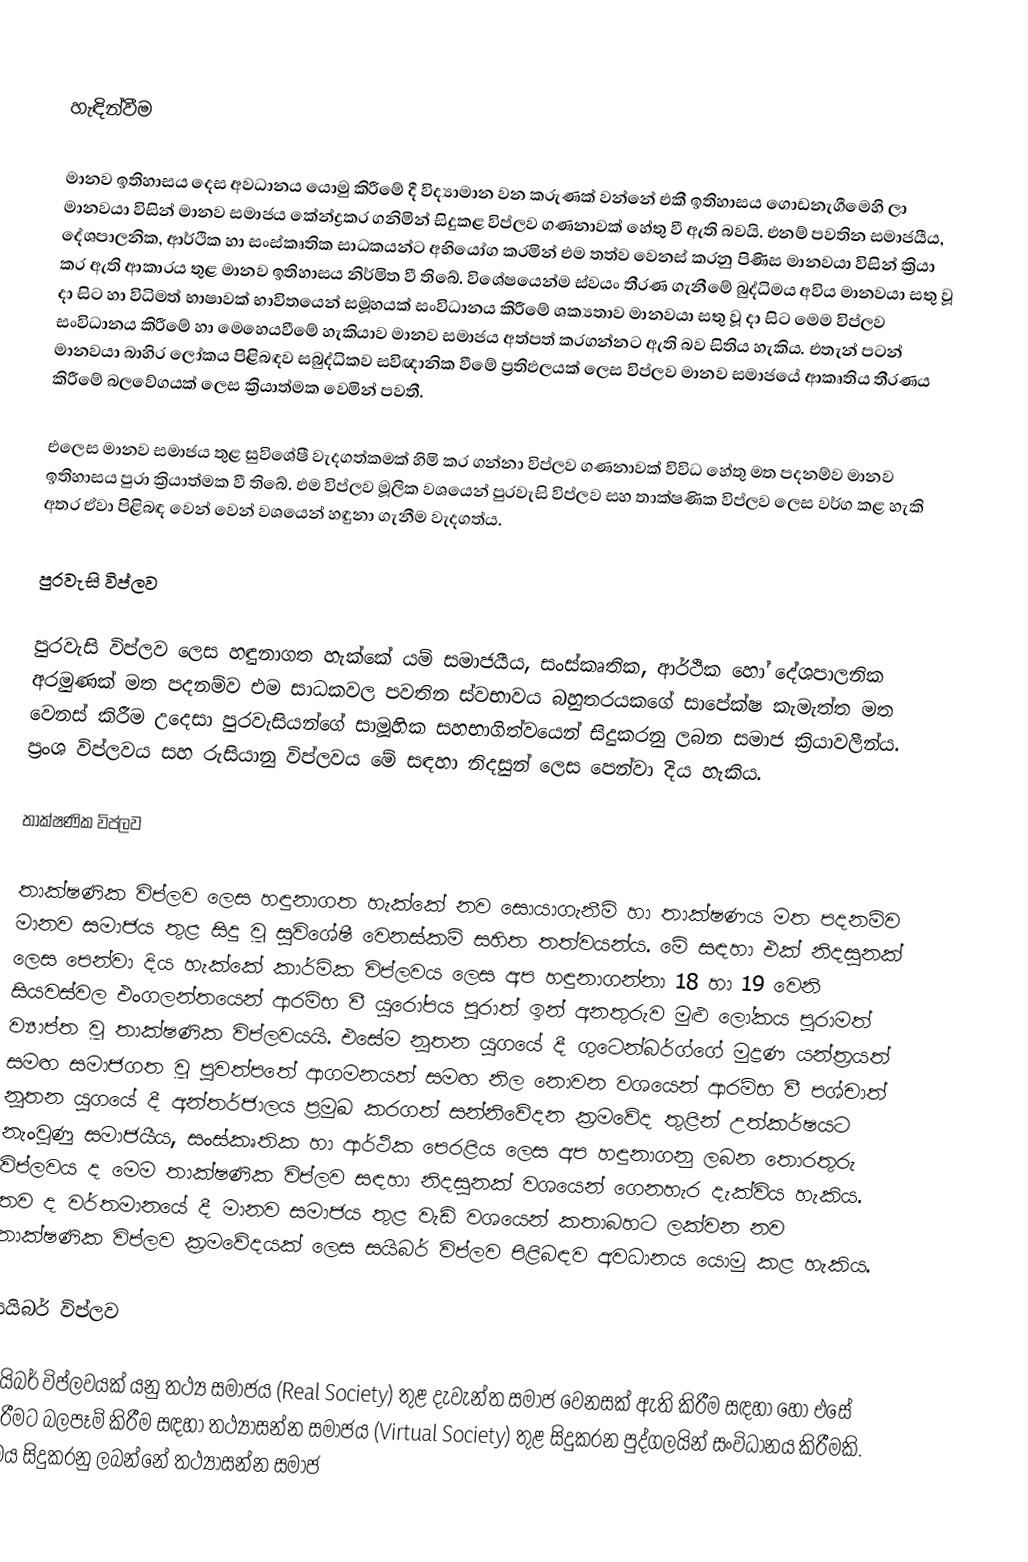

හැඳින්වීම

මානව ඉතිහාසය දෙස අවධානය යොමු කිරීමේ දී විද්‍යාමාන වන කරුණක් වන්නේ එකී ඉතිහාසය ගොඩනැගීමෙහි ලා මානවයා විසින් මානව සමාජය කේන්ද්‍රකර ගනිමින් සිදුකළ විප්ලව ගණනාවක් හේතු වී ඇති බවයි. එනම් පවතින සමාජයීය, දේශපාලනික, ආර්ථික හා සංස්කෘතික සාධකයන්ට අභියෝග කරමින් එම තත්ව වෙනස් කරනු පිණිස මානවයා විසින් ක්‍රියා කර ඇති ආකාරය තුළ මානව ඉතිහාසය නිර්මිත වී තිබේ. විශේෂයෙන්ම ස්වයං තීරණ ගැනීමේ බුද්ධිමය අවිය මානවයා සතු වූ දා සිට හා විධිමත් භාෂාවක් භාවිතයෙන් සමූහයක් සංවිධානය කිරීමේ ශක්‍යතාව මානවයා සතු වූ දා සිට මෙම විප්ලව සංවිධානය කිරීමේ හා මෙහෙයවීමේ හැකියාව මානව සමාජය අත්පත් කරගන්නට ඇති බව සිතිය හැකිය. එතැන් පටන් මානවයා බාහිර ලෝකය පිළිබඳව සබුද්ධිකව සවිඥානික වීමේ ප්‍රතිඵලයක් ලෙස විප්ලව මානව සමාජයේ ආකෘතිය තීරණය කිරීමේ බලවේගයක් ලෙස ක්‍රියාත්මක වෙමින් පවතී.

එලෙස මානව සමාජය තුළ සුවිශේෂී වැදගත්කමක් හිමි කර ගන්නා විප්ලව ගණනාවක් විවිධ හේතු මත පදනම්ව මානව ඉතිහාසය පුරා ක්‍රියාත්මක වී තිබේ. එම විප්ලව මූලික වශයෙන් පුරවැසි විප්ලව සහ තාක්ෂණික විප්ලව ලෙස වර්ග කළ හැකි අතර ඒවා පිළිබඳ වෙන් වෙන් වශයෙන් හඳුනා ගැනීම වැදගත්ය.

පුරවැසි විප්ලව

පුරවැසි විප්ලව ලෙස හඳුනාගත හැක්කේ යම් සමාජයීය, සංස්කෘතික, ආර්ථික හෝ දේශපාලනික අරමුණක් මත පදනම්ව එම සාධකවල පවතින ස්වභාවය බහුතරයකගේ සාපේක්ෂ කැමැත්ත මත වෙනස් කිරීම උදෙසා පුරවැසියන්ගේ සාමූහික සහභාගිත්වයෙන් සිදුකරනු ලබන සමාජ ක්‍රියාවලීන්ය. ප්‍රංශ විප්ලවය සහ රුසියානු විප්ලවය මේ සඳහා නිදසුන් ලෙස පෙන්වා දිය හැකිය.

තාක්ෂණික විප්ලව

තාක්ෂණික විප්ලව ලෙස හඳුනාගත හැක්කේ නව සොයාගැනීම් හා තාක්ෂණය මත පදනම්ව මානව සමාජය තුළ සිදු වූ සුවිශේෂී වෙනස්කම් සහිත තත්වයන්ය. මේ සඳහා එක් නිදසුනක් ලෙස පෙන්වා දිය හැක්කේ කාර්මික විප්ලවය ලෙස අප හඳුනාගන්නා 18 හා 19 වෙනි සියවස්වල එංගලන්තයෙන් ආරම්භ වී යුරෝපය පුරාත් ඉන් අනතුරුව මුළු ලෝකය පුරාමත් ව්‍යාප්ත වූ තාක්ෂණික විප්ලවයයි. එසේම නූතන යුගයේ දී ගුටෙන්බර්ග්ගේ මුද්‍රණ යන්ත්‍රයත් සමඟ සමාජගත වූ පුවත්පතේ ආගමනයත් සමඟ නිල නොවන වශයෙන් ආරම්භ වී පශ්චාත් නූතන යුගයේ දී අන්තර්ජාලය ප්‍රමුඛ කරගත් සන්නිවේදන ක්‍රමවේද තුළින් උත්කර්ෂයට නැංවුණු සමාජයීය, සංස්කෘතික හා ආර්ථික පෙරළිය ලෙස අප හඳුනාගනු ලබන තොරතුරු විප්ලවය ද මෙම තාක්ෂණික විප්ලව සඳහා නිදසුනක් වශයෙන් ගෙනහැර දැක්විය හැකිය. තව ද වර්තමානයේ දී මානව සමාජය තුළ වැඩි වශයෙන් කතාබහට ලක්වන නව තාක්ෂණික විප්ලව ක්‍රමවේදයක් ලෙස සයිබර් විප්ලව පිළිබඳව අවධානය යොමු කළ හැකිය.

සයිබර් විප්ලව

සයිබර් විප්ලවයක්‌ යනු තථ්‍ය සමාජය (Real Society) තුළ දැවැන්ත සමාජ වෙනසක් ඇති කිරීම සඳහා හෝ එසේ කිරීමට බලපෑම් කිරීම සඳහා තථ්‍යාසන්න සමාජය (Virtual Society) තුළ සිදුකරන පුද්ගලයින් සංවිධානය කිරීමකි. මෙය සිදුකරනු ලබන්නේ තථ්‍යාසන්න සමාජ